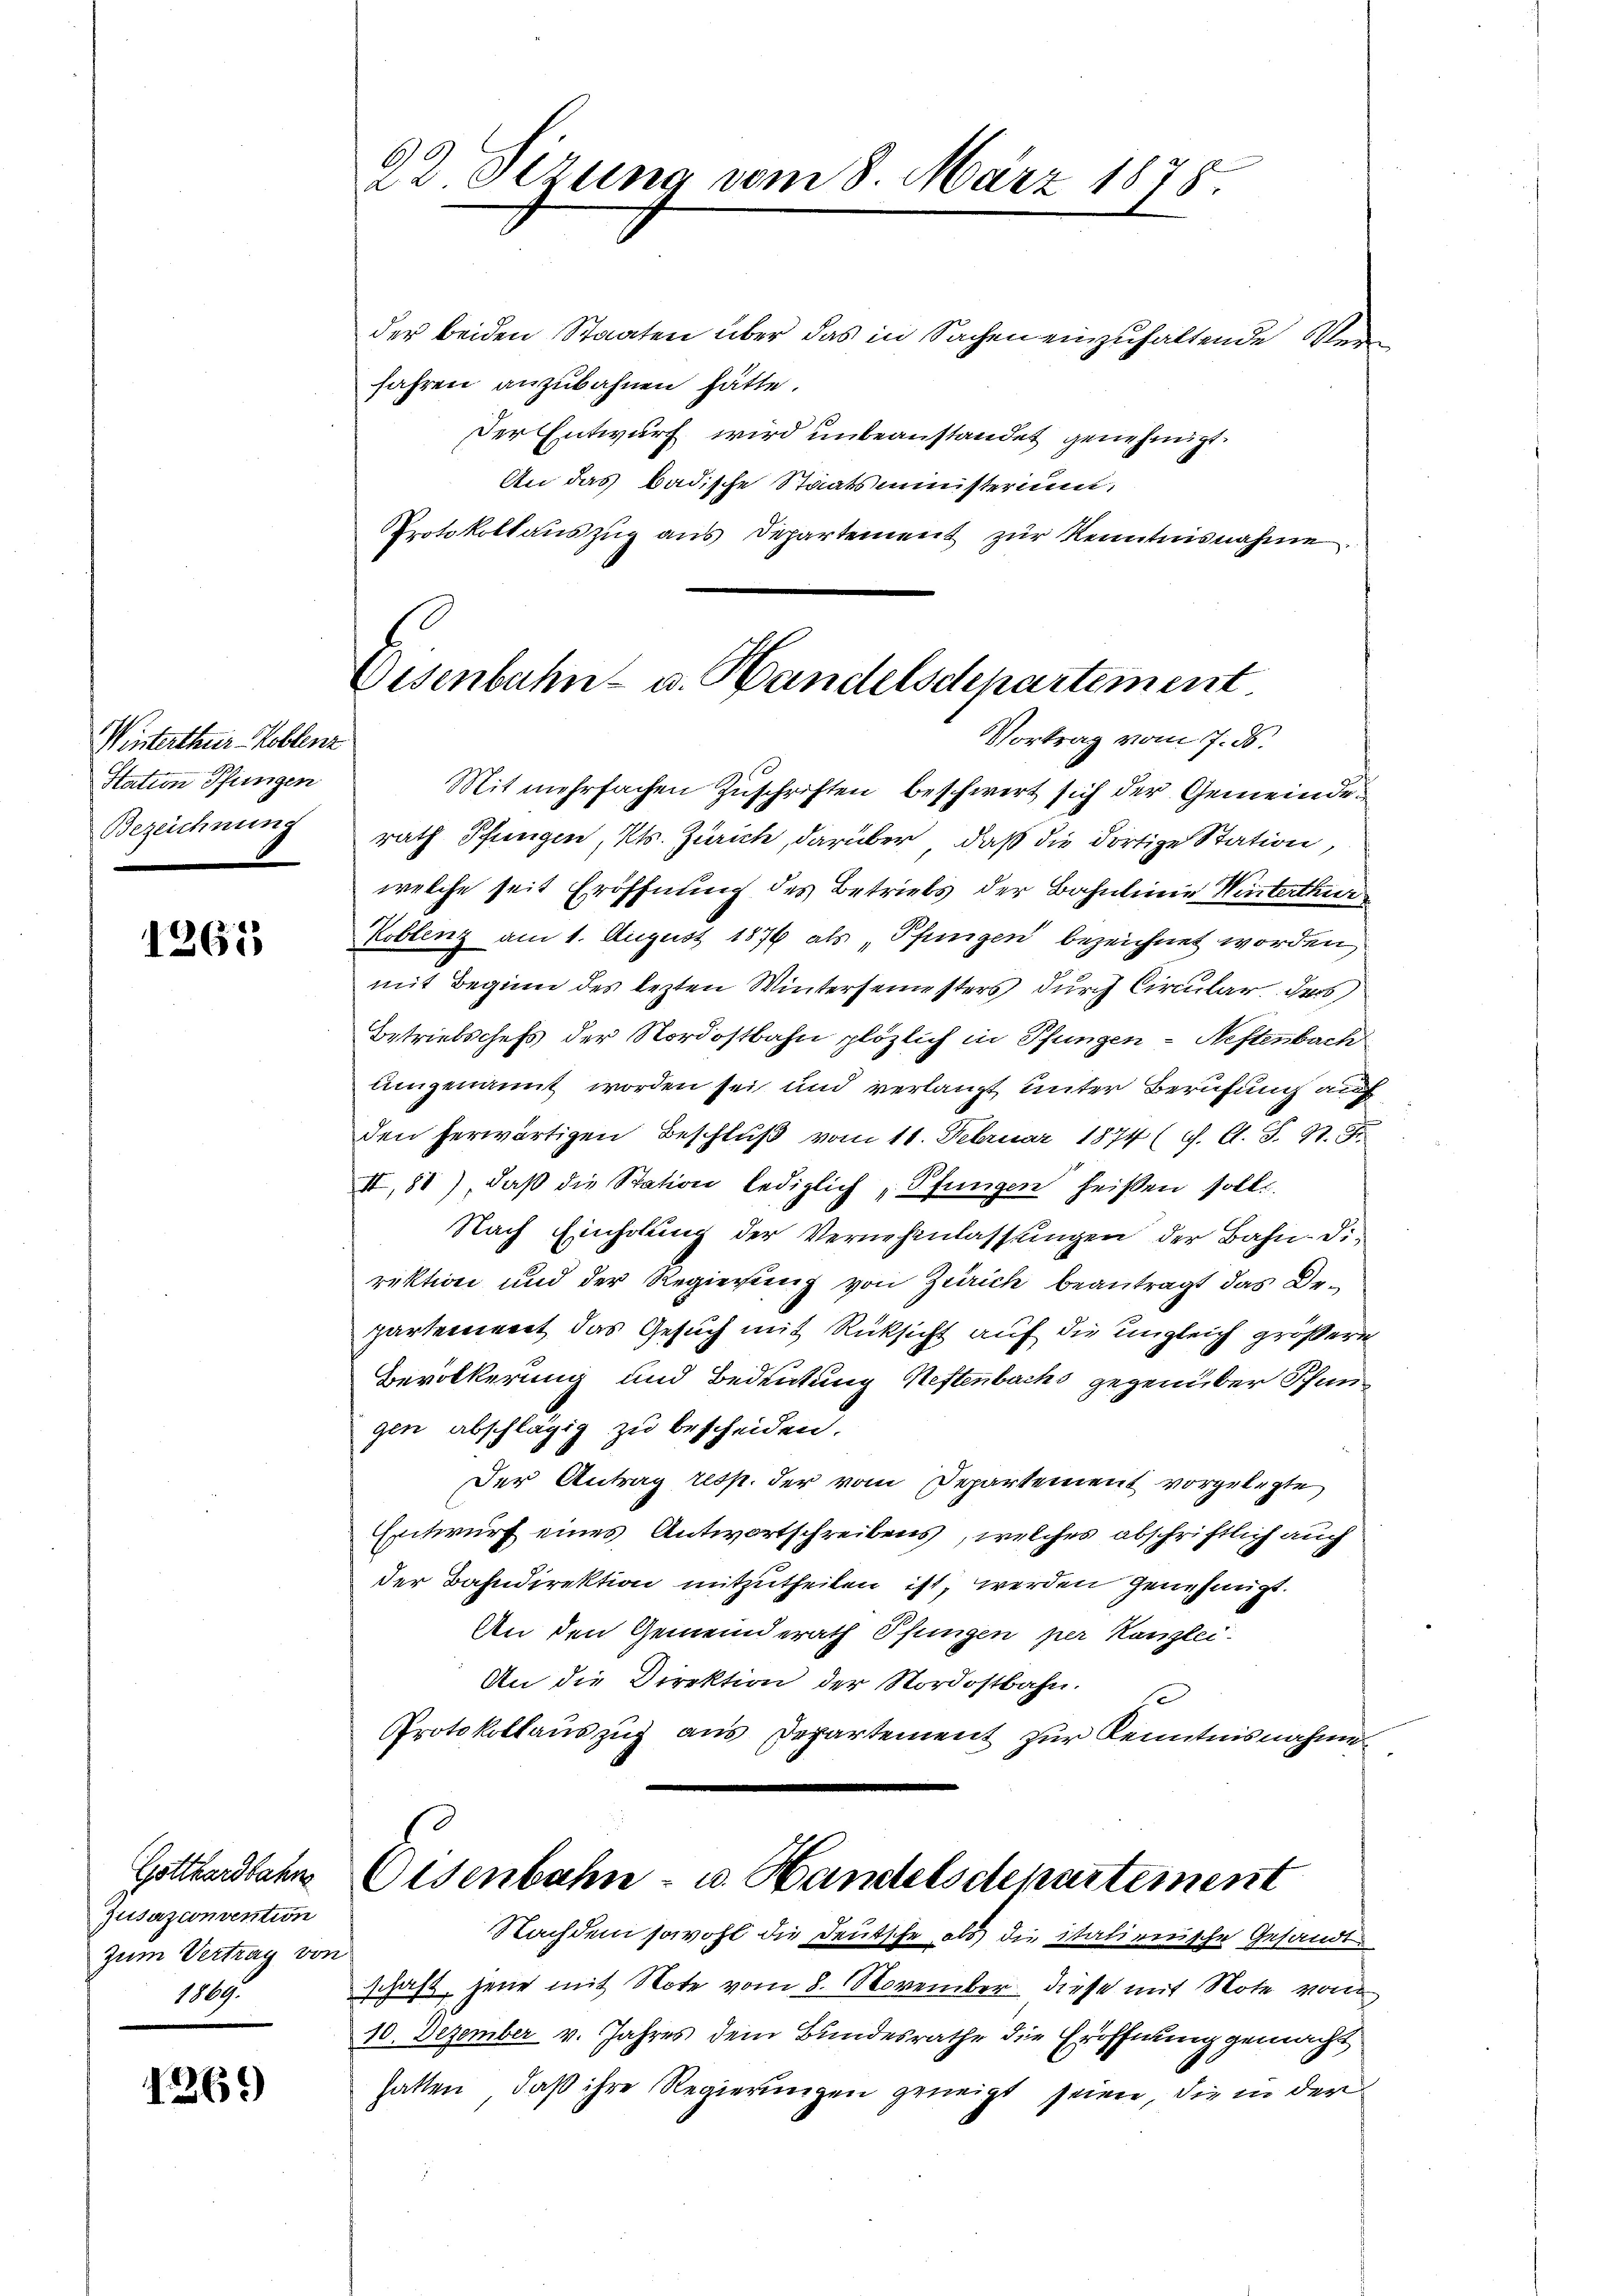
Winterthur–Koblenz
Station Pfungen
Bezeichnung

1363

Gotthardbahne
jusazconvention
zum Vertrag von
1809.

1269)

Der Entwurf wird unbeanstandet genehmigt.
An das badische Staatsministerium,
PProtokollauszug aus Departement zur Kenntnisnahme.

6)
22 Sezung vom 8. März 1878.
der beiden Staaten über das in Sachen einzuhaltende Bede
fahren anzubahnen hätte.

Eisenbahn- u. Handelsdepartement
Vortrag vom 7. ds.

Mit mehrfachen Zuschriften beschwert sich der Gemeinderath Pfungen, Kts. Zürich, darüber, daß die dortige Station
welche seit Eröffnung des Betriebs der Bahnlinie Winterthur
Koblenz am 1. August 1876 als „Pfungen bezeichnet worden,
mit Beginn des lezten Wintersemesters durch Circular der
Betriebschefs der Nordostbahn plözlich in Pfungen - Neftenbach
uingenannt worden sei und verlangt unter Berufung auf
den herwärtigen Beschluß vom 11. Februar 1874 (s. A. S. 17. J
II,81), daß die Station lediglich Pfungen heißen soll.
Nach Einholung der Vernehmlassungen der Bahn-Direktion und der Regierung von Zürich beantragt das Departement das Gesuch mit Rüksicht auf die Ungleich größere
Bevölkerung und Bedeutung Neftenbachs gegenüber Pfangen abschlägig zu bescheiden.
Der Antrag resp. der vom Departement vorgelegte
Entwurf eines Antwortschreibens, welches abschriftlich auch
der Bahndirektion mitzutheilen ist, werden genehmigt.
An den Gemeinderath Pfungen per Kanzlei.
An die Direktion der Nordostbahn.
Protokollauszug aus Departement zur Kenntnisnahme¬

Osenbahn- u. Handelsdepartement
Nachdem sowohl die Deutsche als die italienische Gesandt¬

schaft, jene mit Note vom 8. November diese mit Note vom
10. Dezember v. Jahres dem Bundesrathe die Eröffnung gemacht
hatten, daß ihre Regierungen geneigt seien, die in der